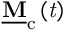
\mathbf { \underline { { M } } } _ { \mathrm { c } } \left( \mathit { t } \right)